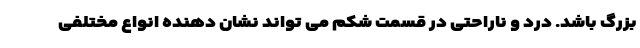
بزرگ باشد. درد و ناراحتی در قسمت شکم می تواند نشان دهنده انواع مختلفی